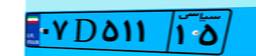
۰۷D۵۱۱۱۵